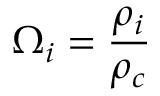
\Omega _ { i } = \frac { \rho _ { i } } { \rho _ { c } }